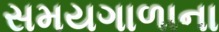
સમયગાળાના